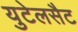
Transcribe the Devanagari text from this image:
युटेलसैट